Medical and sanitary report of the native army of Bengal for the year
Year: 1877
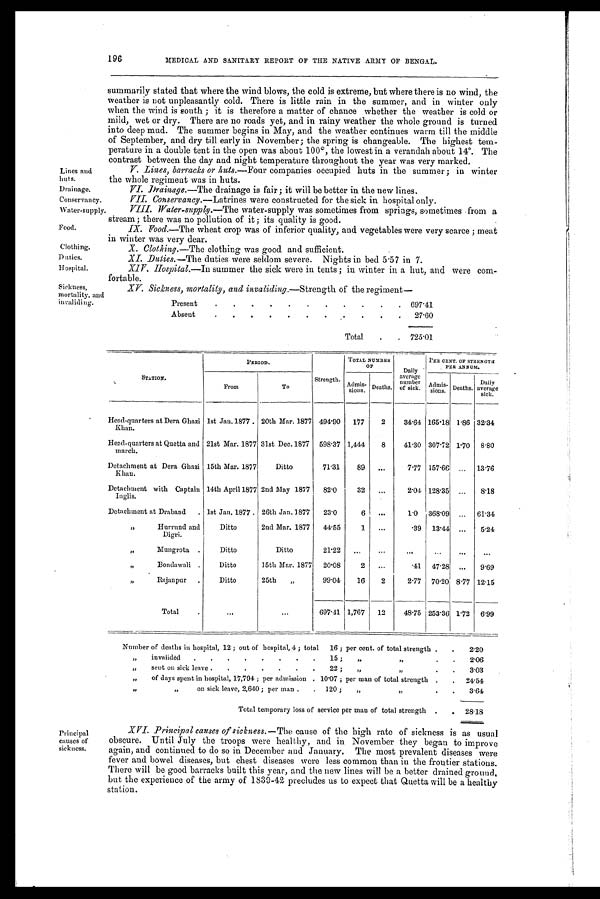
Lines and huts.
Drainage.
Conservancy.
Water-supply.
Food.
Clothing.
Duties.
Hospital.
Sickness,
mortality, and
invaliding.
summarily stated that where the wind blows, the cold is extreme, but where there is no wind, the
weather is not unpleasantly cold. There is little rain in the summer, and in winter only
when the wind is south; it is therefore a matter of chance whether the weather is cold or
mild, wet or dry. There are no roads yet, and in rainy weather the whole ground is turned
into deep mud. The summer begins in May, and the weather continues warm till the middle
of September, and dry till early in November; the spring is changeable. The highest tem-
perature in a double tent in the open was about 100°, the lowest in a verandah about 14°. The
contrast between the day and night temperature throughout the year was very marked.
196
MEDICAL AND SANITARY REPORT OF THE NATIVE ARMY OF BENGAL.
V. Lines, barracks or huts. —Four companies occupied huts in the summer; in winter
the whole regiment was in huts.
VI. Drainage. —The drainage is fair; it will be better in the new lines.
VII. Conservancy .—Latrines were constructed for the sick in hospital only.
VIII. Water-supply. —The water-supply was sometimes from springs, sometimes from a
stream; there was no pollution of it; its quality is good.
IX. Food.—The wheat crop was of inferior quality, and vegetables were very scarce; meat
in winter was very dear.
X. Clothing.—The clothing was good and sufficient.
XI. Duties.—The duties were seldom severe. Nights in bed 5 . 57 in 7.
XIV. Hospital. —In summer the sick were in tents; in winter in a hut, and were com-
fortable.
XV. Sickness, mortality, and invaliding. —Strength of the regiment
—
Present
.
.
.
.
.
.
697.41
Absent
.
.
.
.
.
.
.
.
.
.
.
27.60
Total.
.
.
725.01
STATION.
PERIOD.
Strength.
TOTAL NUMBER
OF
Daily
average
number
of sick.
PER CENT. OF STRENGTH
PER ANNUM.
From
To
Admis-sions. Deaths.
Admiss
ions. Deaths.
Daily
average
sick.
Head-quarters at Dera Ghazi
Khan.
1st Jan. 1877 . 20th Mar. 1877 494.90
177
2
34.64 165.18 1.86 32.34
Head-quarters at Quetta and
march.
21st Mar. 1877 31st Dec. 1877 598.37 1,444
8
41.30 307.72 1.70
8.80
Detachment at Dent Ghazi
Khan.
15th Mar. 1877
Ditto
71.31
89
...
7.77 157.66
...
13.76
Detachment with Captain
Inglis.
14th April 1877 2nd May 1877
82.0
32
. . .
2.04 128.35
...
8.18
Detachment at Draband
. 1st Jan. 1877 . 26th Jan. 1877
23.0
6
. . .
1.0
368.09 ...
61.34
,,
Hurrund and
Digri.
Ditto
2nd Mar. 1877
44.55
1
. . .
.39
13.44 ...
5.24
,,
Mungrota .
Ditto
Ditto
21.22
. . .
...
...
...
...
. . .
,,
Bondawali .
Ditto
15th Mar. 1877
20.08
2
. . .
.41
47.28 ...
9.69
,,
Rajanpur
.
Ditto
25th
,,
99.04
16
2
2.77 70.20 8.77 12.15
Total
.
. . .
...
697.41 1,767
12
48.75 253.36 1.72
6.99
Number of deaths in hospital, 12 ; out of hospital, 4 ; total
16 ; per cent. of total strength .
.
2.20
„
invalided
.
.
.
.
.
.
.
.
15 ;
„ „
.
.
2.06
„
sent on sick leave .
.
.
.
.
.
.
22 ;
„
„
.
.
3.03
„
of days spent in hospital, 17,794; per admission . 10.07 ; per man of total strength .
.
24.54
„ „
on sick leave, 2,640; per man .
.
120 ;
„
„
3.64
Total temporary loss of service per man of total strength .
.
28.18
Principal
causes of
sickness.
XVI. Principal causes of sickness.—The cause of the high rate of sickness is as usual
obscure. Until July the troops were healthy, and in November they began to improve
again, and continued to do so in December and January. The most prevalent diseases were
fever and bowel diseases, but chest diseases were less common than in the frontier stations.
There will be good barracks built this year, and the new lines will be a better drained ground,
but the experience of the army of 1839-42 precludes us to expect that Quetta will be a healthy
station.